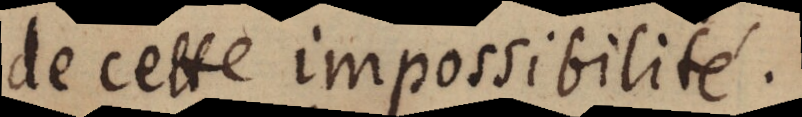
de cette impossibilité.